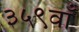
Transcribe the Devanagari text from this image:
३५९वाँ